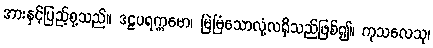
အားနှင့်ပြည့်စု့သည်။ ဒဠပရက္ကမော၊ မြဲမြံသောလုံ့လရှိသည်ဖြစ်၍။ ကုသလေသု၊